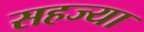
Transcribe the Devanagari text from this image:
सहज्या